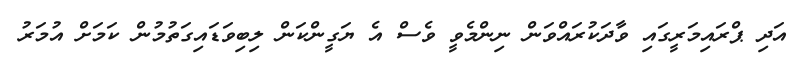
އަދި ޕްރައިމަރީގައި ވާދަކުރައްވަން ނިންމެވީ ވެސް އެ ޔަގީންކަން ލިބިވަޑައިގަތުމުން ކަމަށް އުމަރު